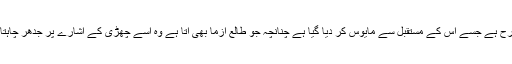
پاکستانی قوم بھی اس بھینسے کی طرح ہے جسے اس کے مستقبل سے مایوس کر دیا گیا ہے چنانچہ جو طالع آزما بھی آتا ہے وہ اسے چھڑی کے اشارے پر جدھر چاہتا ہے، ہانکتا ہوا لے جاتا ہے اور ہاں!